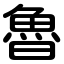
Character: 魯